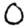
Digit: 0